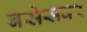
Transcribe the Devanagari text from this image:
बसेसवर